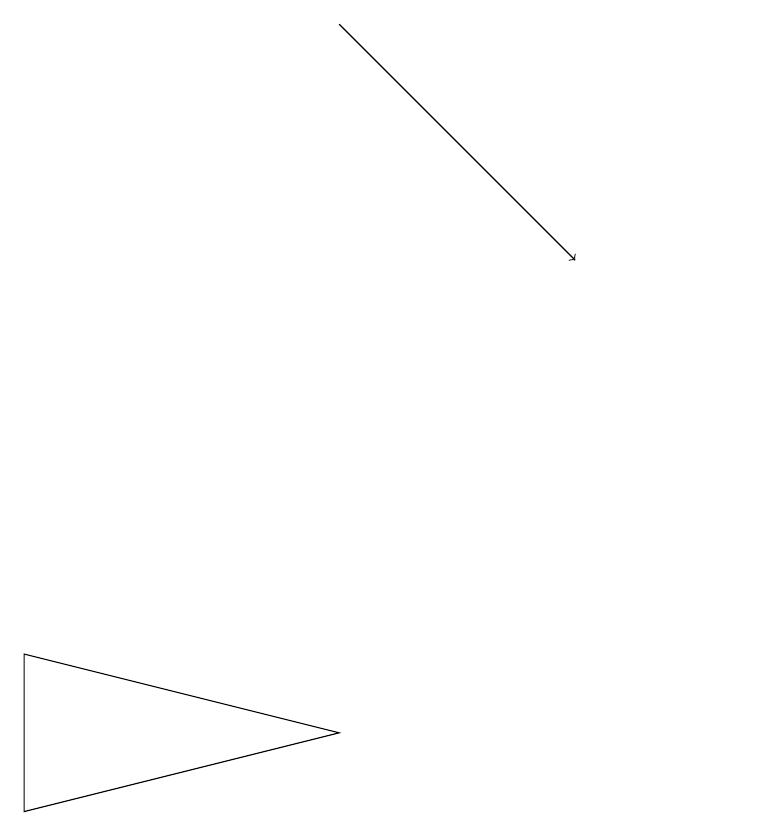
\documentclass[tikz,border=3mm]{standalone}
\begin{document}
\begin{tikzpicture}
\draw (11,10) circle (0);
\draw[->] (6,14) -- (9,11);
\draw (2,6) -- (6,5) -- (2,4) -- cycle;
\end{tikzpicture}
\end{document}